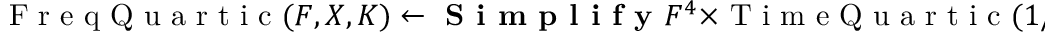
\textrm { F r e q Q u a r t i c } ( F , X , K ) \gets \textbf { S i m p l i f y } F ^ { 4 } \times \textrm { T i m e Q u a r t i c } ( 1 / F , X , K )